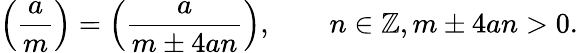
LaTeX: \left({\frac{a}{m}}\right)=\left({\frac{a}{m\pm 4an}}\right),\qquad n\in\mathbb{Z},m\pm 4an>0.